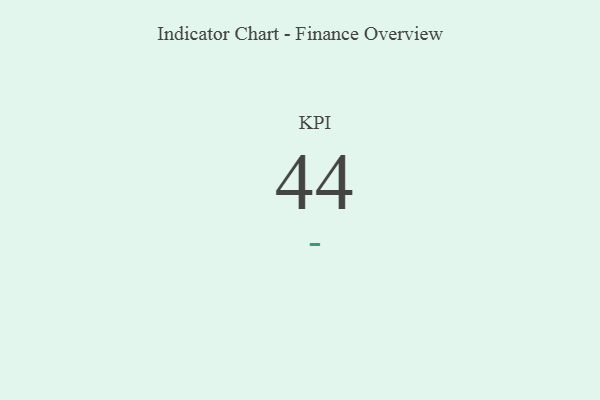
{"axis": {"x": "KPI", "y": "Value"}, "legend": [""], "data": [{"x": "KPI", "y": 44, "type": ""}]}